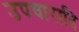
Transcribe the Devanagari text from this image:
उपचारादि